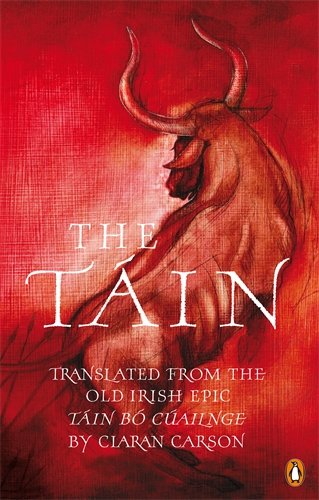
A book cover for The Tain (Penguin Classics); Literature & Fiction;